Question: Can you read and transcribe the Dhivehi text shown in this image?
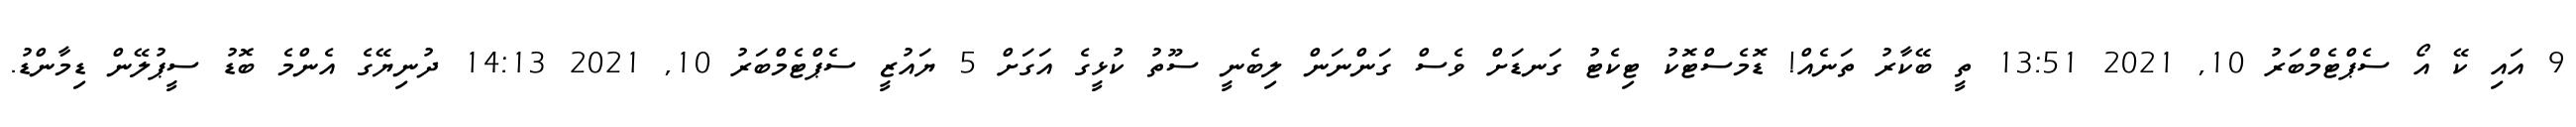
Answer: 9 އައި ކޭ އޯ ސެޕްޓެމްބަރު 10, 2021 13:51 ތީ ބޭކާރު ތަނެއް! ޑޮމެސްޓޮކު ޓިކެޓު ގަނޑަށް ވެސް ގަންނަން ލިބެނީ ސޫތު ކުޅީގެ އަގަށް 5 ޔައުޒީ ސެޕްޓެމްބަރު 10, 2021 14:13 ދުނިޔޭގެ އެންމެ ބޮޑު ސީޕުލޭން ޑިމާންޑު.